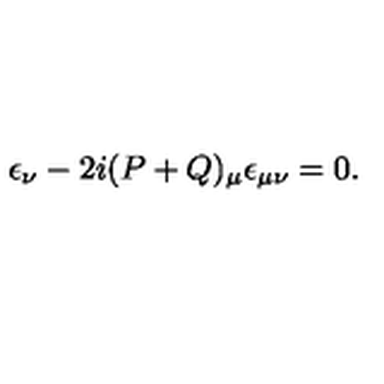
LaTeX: \epsilon _ { \nu } - 2 i ( P + Q ) _ { \mu } \epsilon _ { \mu \nu } = 0 .